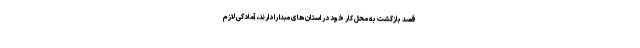
قصد بازگشت به محل کار خود در استان های مبدا را دارند، آمادگی لازم